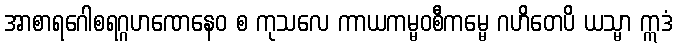
အာစာရဂေါစရဂ္ဂဟဏေနေဝ စ ကုသလေ ကာယကမ္မဝစီကမ္မေ ဂဟိတေပိ ယသ္မာ ဣဒံ